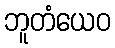
ဘူတံယေဝ